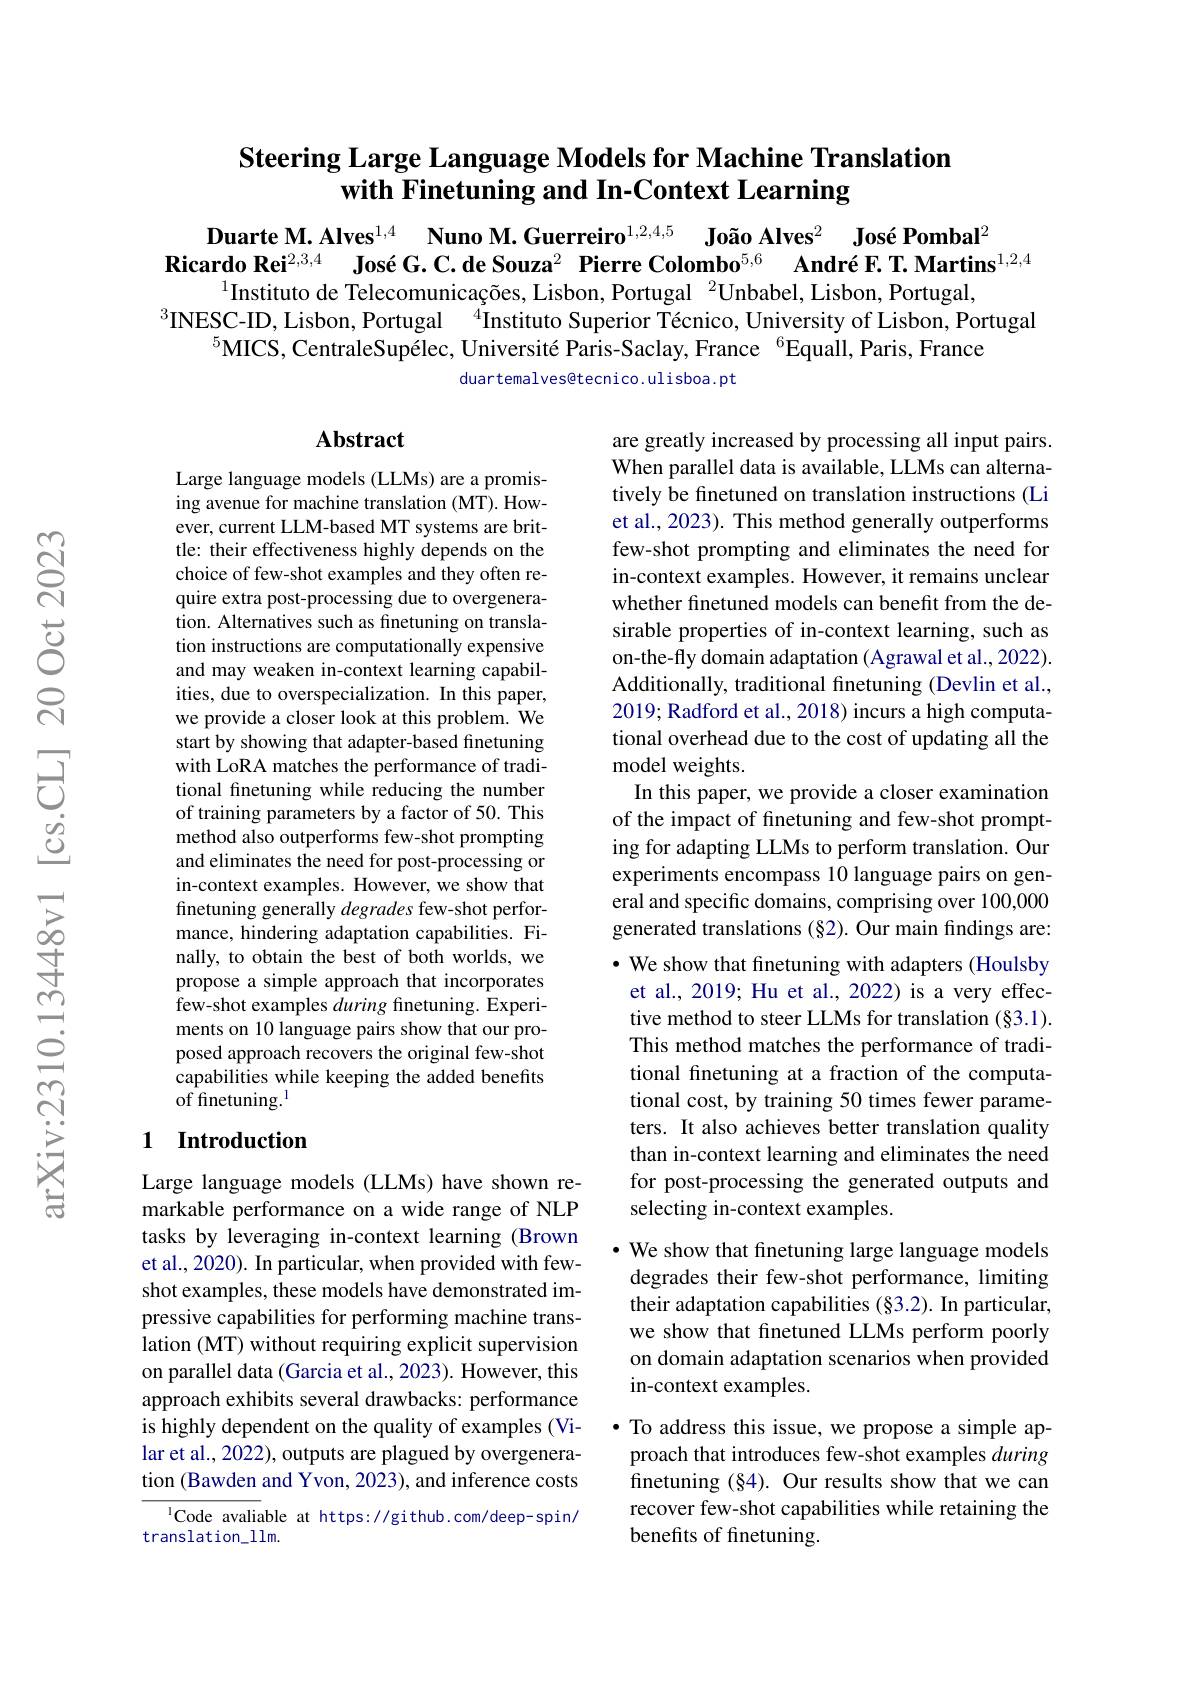
## Steering Large Language Models for Machine Translation with Finetuning and In-Context Learning

Duarte M. Alves$^1, 4$ $\textbf{Nuno M. Guerreiro}^{1, 2, 4, 5}$ $\textbf{Jo\~ {a}oAlves}^2$ $\textbf{Jos\' {e}Pombal}^2$
Ricardo Rei$^{2,3,4}$ José G.C.de Souza$^{2}$ Pierre Colombo$^{5,6}$ André F. T. Martins$^{1,2,4}$
$^{1}$Instituto de Telecomunicações, Lisbon, Portugal $^2$Unbabel, Lisbon, Portugal,
$^3$INESC-ID, Lisbon, Portugal $^4$Instituto Superior Técnico, University of Lisbon, Portugal
$^{5}$MICS, CentraleSupélec, Université Paris-Saclay, France $^6$Equall, Paris, France
duartemalvesêtecnico.ulisboa.pt

## Abstract

Large language models (LLMs) are a promising avenue for machine translation (MT). However, current LLM-based MT systems are brittle: their effectiveness highly depends on the choice of few-shot examples and they often require extra post-processing due to overgeneration. Alternatives such as finetuning on translation instructions are computationally expensive and may weaken in-context learning capabilities, due to overspecialization. In this paper, we provide a closer look at this problem. We start by showing that adapter-based finetuning with LoRA matches the performance of traditional finetuning while reducing the number of training parameters by a factor of 50. This method also outperforms few-shot prompting and eliminates the need for post-processing or in-context examples. However, we show that finetuning generally degrades few-shot performance, hindering adaptation capabilities. Finally, to obtain the best of both worlds, we propose a simple approach that incorporates few-shot examples during finetuning. Experiments on 10 language pairs show that our proposed approach recovers the original few-shot capabilities while keeping the added benefits ${\mathrm{of~finetuning.}^{1}}$

are greatly increased by processing all input pairs. When parallel data is available, LLMs can alternatively be finetuned on translation instructions (Li et al., 2023). This method generally outperforms few-shot prompting and eliminates the need for in-context examples. However, it remains unclear whether finetuned models can benefit from the desirable properties of in-context learning, such as on-the-fly domain adaptation (Agrawal et al.,2022). Additionally, traditional finetuning (Devlin et al., 2019; Radford et al., 2018) incurs a high computational overhead due to the cost of updating all the model weights.
In this paper, we provide a closer examination of the impact of finetuning and few-shot prompting for adapting LLMs to perform translation. Our experiments encompass 10 language pairs on general and specific domains, comprising over 100,000 generated translations (§2). Our main findings are: $•$ We show that finetuning with adapters (Houlsby et al., 2019; Hu et al., 2022) is a very effective method to steer LLMs for translation (§3.1). This method matches the performance of traditional finetuning at a fraction of the computational cost, by training 50 times fewer parameters. It also achieves better translation quality than in-context learning and eliminates the need for post-processing the generated outputs and selecting in-context examples.
· We show that finetuning large language models degrades their few-shot performance, limiting their adaptation capabilities (§3.2). In particular, we show that finetuned LLMs perform poorly on domain adaptation scenarios when provided in-context examples.
·To address this issue, we propose a simple approach that introduces few-shot examples during finetuning (§4). Our results show that we can recover few-shot capabilities while retaining the benefits of finetuning.

## 1 Introduction

Large language models (LLMs) have shown remarkable performance on a wide range of NLP tasks by leveraging in-context learning (Brown et al., 2020). In particular, when provided with fewshot examples, these models have demonstrated impressive capabilities for performing machine translation (MT) without requiring explicit supervision on parallel data (Garcia et al., 2023). However, this approach exhibits several drawbacks: performance is highly dependent on the quality of examples (Vilar et al., 2022), outputs are plagued by overgeneration (Bawden and Yvon, 2023), and inference costs
$^{1}$Code avaliable at https://github.com/deep-spin/

translation_1lm.